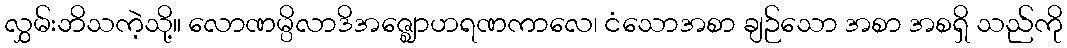
လွှမ်းဘိသကဲ့သို့။ လောဏမ္ပိလာဒိအဇ္ဈောဟရဏကာလေ၊ ငံသောအစာ ချဉ်သော အစာ အစရှိ သည်ကို